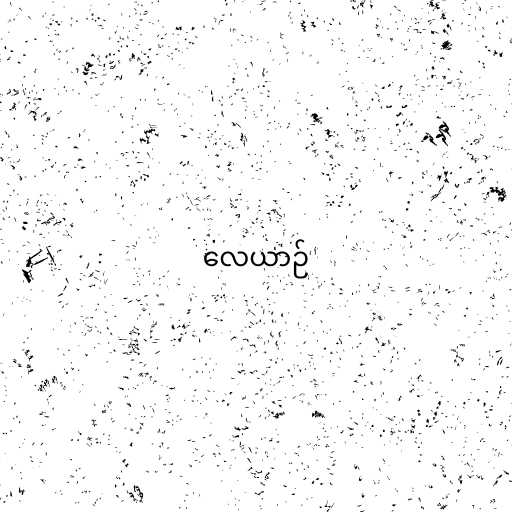
လေယာဉ်